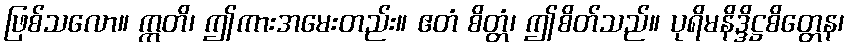
ဖြစ်သလော။ ဣတိ၊ ဤကားအမေးတည်း။ ဧတံ စိတ္တံ၊ ဤစိတ်သည်။ ပုရိမနိဒ္ဒိဋ္ဌစိတ္တေန၊